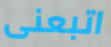
اتبعنى